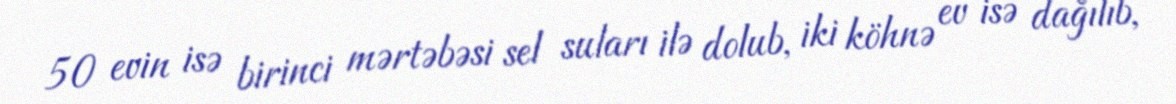
50 evin isə birinci mərtəbəsi sel suları ilə dolub, iki köhnə ev isə dağılıb,